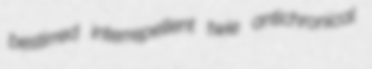
bestirred interrepellent twie antichronical